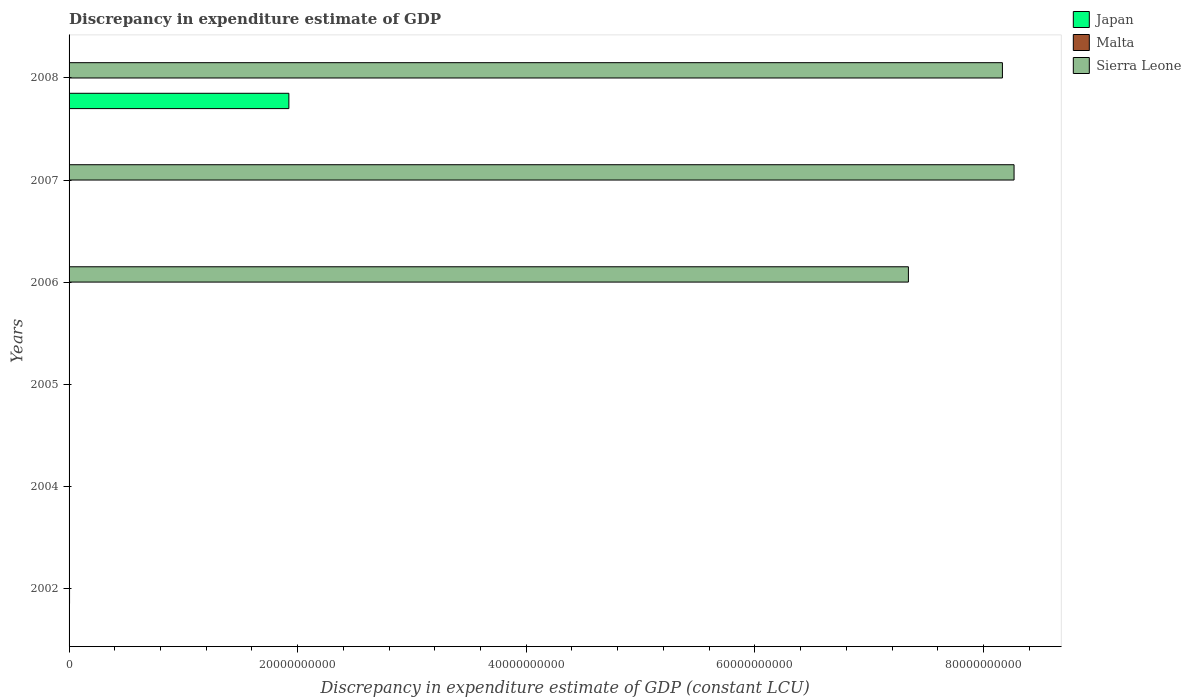
| Years | Japan | Malta | Sierra Leone |
 | --- | --- | --- | --- |
 | 2002 | -3.19e+12 | 4.13e+07 | 6e+06 |
 | 2004 | -1.74e+12 | -5.92e+06 | -1e+06 |
 | 2005 | -1.25e+12 | 1e+05 | 3e+06 |
 | 2006 | -7.03e+11 | -1.11e+07 | 7.34e+10 |
 | 2007 | -1.69e+11 | -3.6e+04 | 8.27e+10 |
 | 2008 | 1.92e+10 | -1.81e+07 | 8.17e+10 |